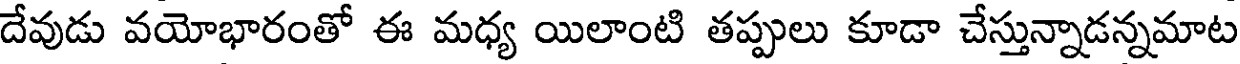
దేవుడు వయోభారంతో ఈ మధ్య యిలాంటి తప్పులు కూడా చేస్తున్నాడన్నమాట